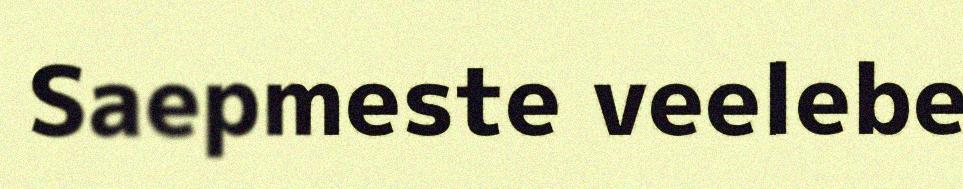
Saepmeste veelebe